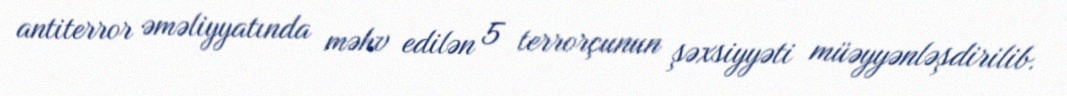
antiterror əməliyyatında məhv edilən 5 terrorçunun şəxsiyyəti müəyyənləşdirilib.